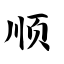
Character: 顺